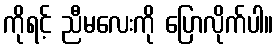
ကိုရင့် ညီမလေးကို ပြောလိုက်ပါ။